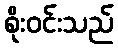
စိုးဝင်းသည်